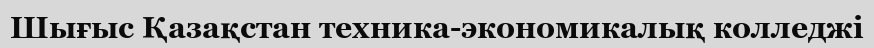
Шығыс Қазақстан техника-экономикалық колледжі